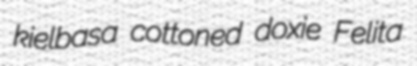
kielbasa cottoned doxie Felita